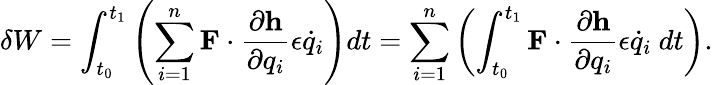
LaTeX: \delta W=\int_{t_{0}}^{t_{1}}\left(\sum_{i=1}^{n}\mathbf{F}\cdot{\frac{\partial\mathbf{h}}{\partial q_{i}}}\epsilon{\dot{q}}_{i}\right)dt=\sum_{i=1}^{n}\left(\int_{t_{0}}^{t_{1}}\mathbf{F}\cdot{\frac{\partial\mathbf{h}}{\partial q_{i}}}\epsilon{\dot{q}}_{i}~dt\right).